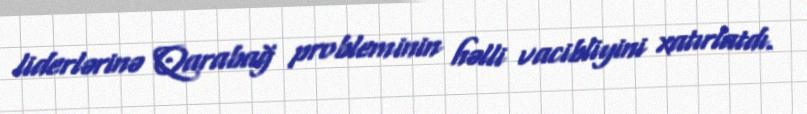
liderlərinə Qarabağ probleminin həlli vacibliyini xatırlatdı.